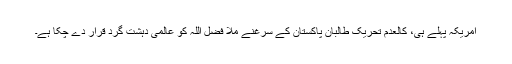
امریکہ پہلے ہی، کالعدم تحریک طالبان پاکستان کے سرغنے ملا فضل اللہ کو عالمی دہشت گرد قرار دے چکا ہے۔